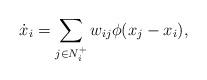
LaTeX: \begin{align*}\dot{x}_i=\sum_{j\in N_i^+}w_{ij} \phi(x_j-x_i),\end{align*}